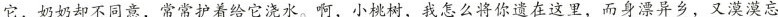
它，奶奶却不同意，常常护着给它浇水。啊，小桃树，我怎么将你遗在这里，而身漂异乡，又漠漠忘